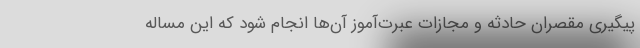
پیگیری مقصران حادثه و مجازات عبرت‌آموز آن‌ها انجام شود که این مساله